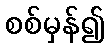
စစ်မှန်၍